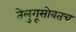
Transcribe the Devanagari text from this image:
तेलुगूसोबतच